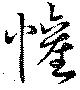
懽